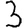
Digit: 3